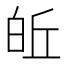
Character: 𪽽